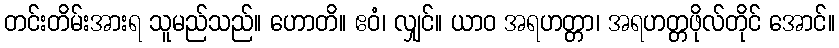
တင်းတိမ်းအားရ သူမည်သည်။ ဟောတိ။ ဧဝံ၊ လျှင်။ ယာဝ အရဟတ္တာ၊ အရဟတ္တဖိုလ်တိုင် အောင်။